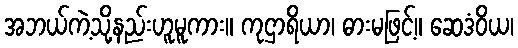
အဘယ်ကဲ့သို့နည်းဟူမူကား။ ကုဌာရိယာ၊ ဓားမဖြင့်။ ဆေဒံဝိယ၊